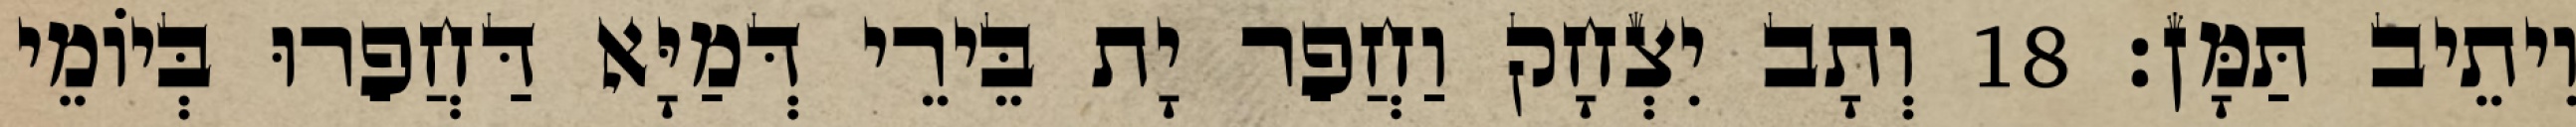
וִיתֵיב תַּמָּן׃ 18 וְתָב יִצְחָק וַחֲפַר יָת בֵּירֵי דְּמַיָּא דַּחֲפַרוּ בְּיוֹמֵי